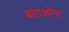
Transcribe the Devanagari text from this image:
बाराओना